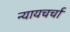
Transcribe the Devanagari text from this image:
न्यायचर्चा